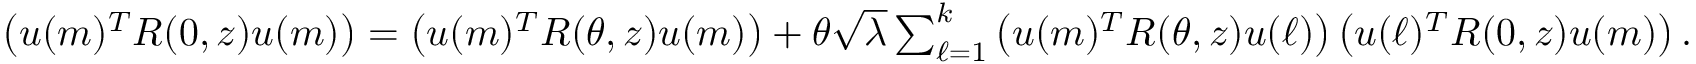
\begin{array} { r } { \left( { \boldsymbol u } ( m ) ^ { T } R ( 0 , z ) { \boldsymbol u } ( m ) \right) = \left( { \boldsymbol u } ( m ) ^ { T } R ( \theta , z ) { \boldsymbol u } ( m ) \right) + \theta \sqrt { \lambda } \sum _ { \ell = 1 } ^ { k } \left( { \boldsymbol u } ( m ) ^ { T } R ( \theta , z ) { \boldsymbol u } ( \ell ) \right) \left( { \boldsymbol u } ( \ell ) ^ { T } R ( 0 , z ) { \boldsymbol u } ( m ) \right) . } \end{array}